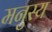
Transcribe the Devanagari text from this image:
मनुस्य